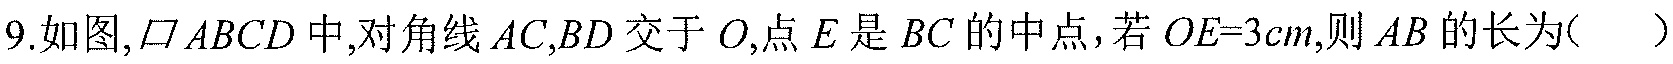
9. 如图,$\square ABCD$中,对角线$AC,BD$交于$O$,点$E$是$BC$的中点，若$OE = 3cm$,则$AB$的长为( )